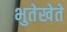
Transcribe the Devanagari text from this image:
भुतेखेते